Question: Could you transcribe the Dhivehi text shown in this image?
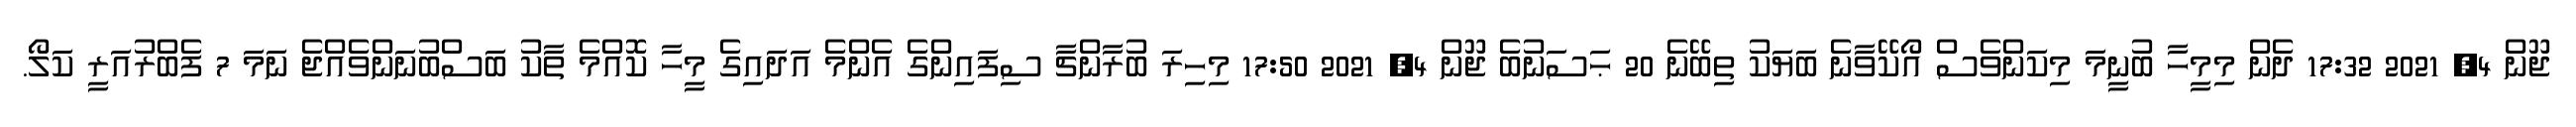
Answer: ޖޫން 4, 2021 17:32 ދެން މިމީހާ ބުނީމަ މިކަންވެސް އޯކޭވާނެ ބަޔަކު ތިބޭނެ 20 ޙަސަނުބެ ޖޫން 4, 2021 17:50 މިހިރަ ބުރާންޗާ ސިފައިންގެ އެންމެ އަދައިގެ މީހާ ކޮއްމެ ތާކު ބަސްބުނަންވެއްޖެ ނަމަ 7 ފެބްރުއަރީ ކަލޯ.